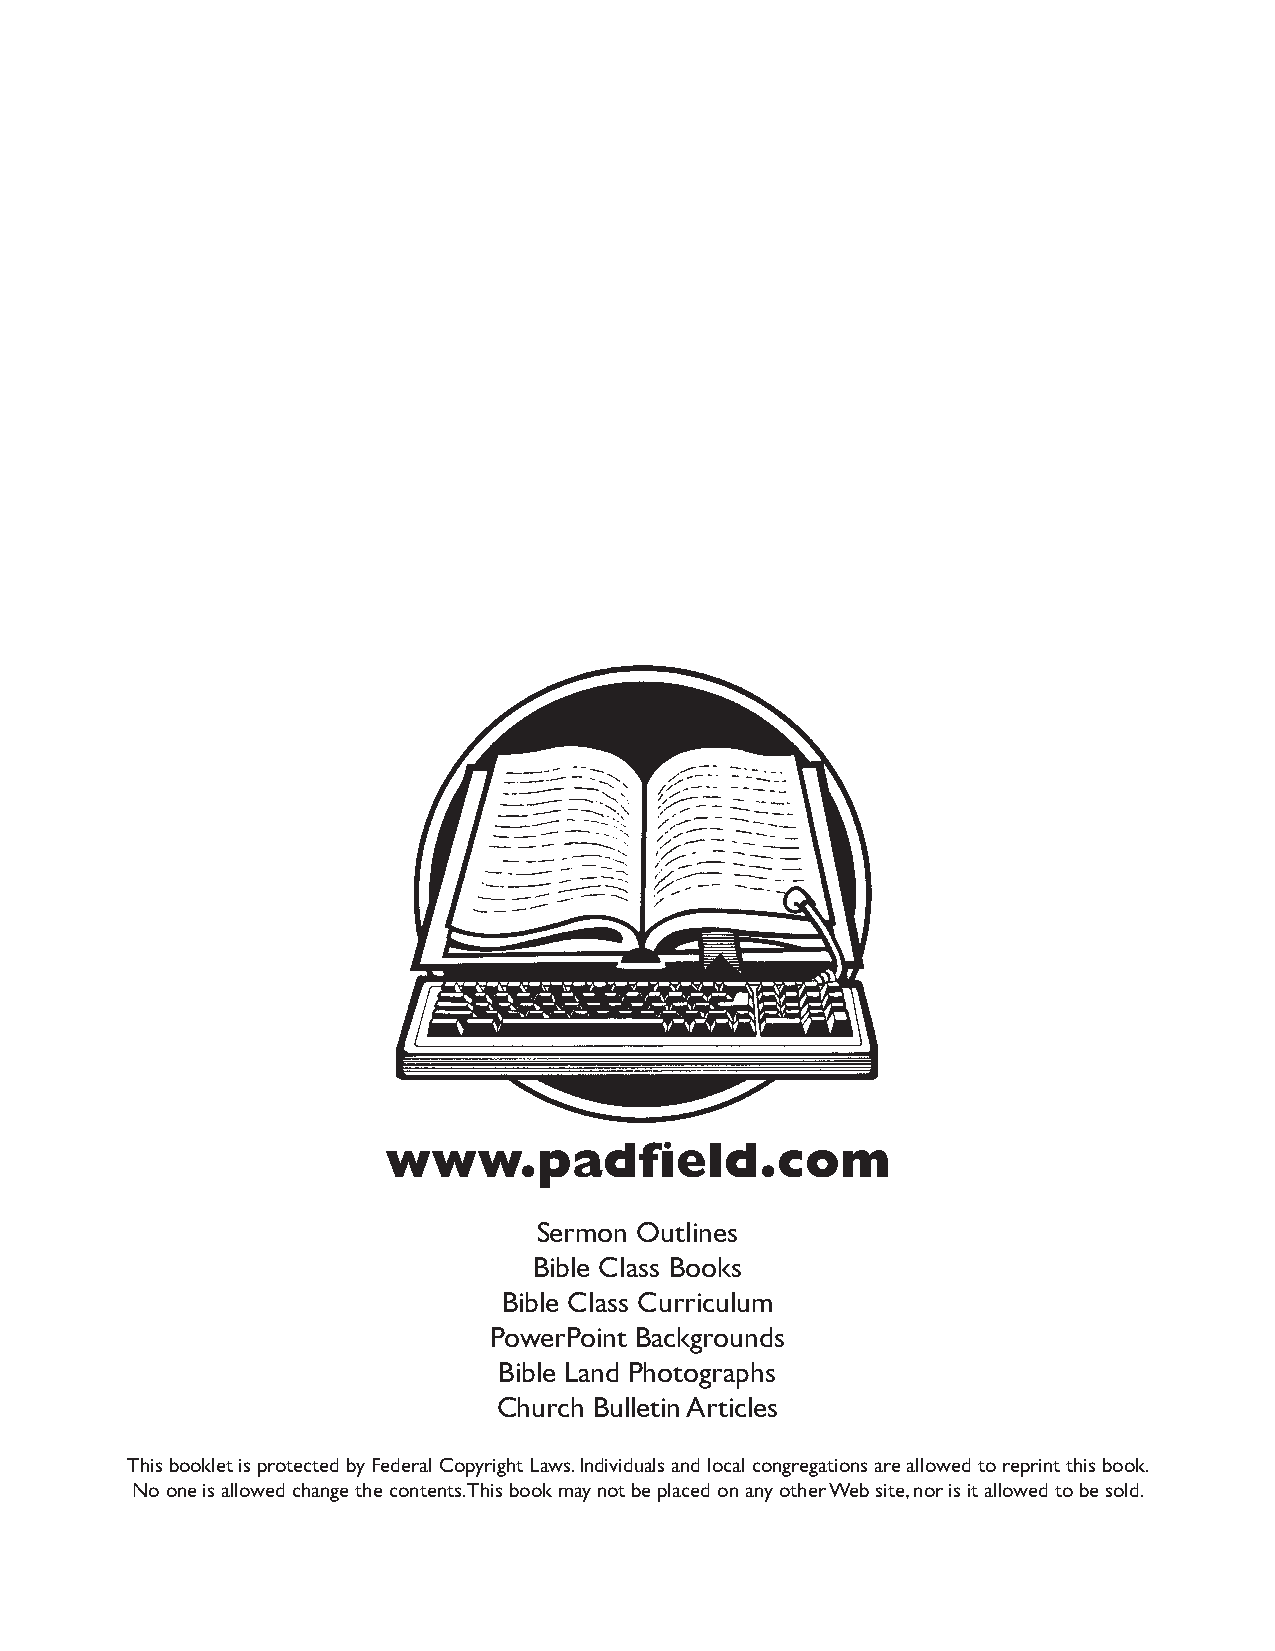
www.padfield.com
 Sermon Outlines
 Bible Class Books
 Bible Class Curriculum
 PowerPoint Backgrounds
 Bible Land Photographs
 Church Bulletin Articles
 This booklet is protected by Federal Copyright Laws. Individuals and local congregations are allowed to reprint this book.
 No one is allowed change the contents. This book may not be placed on any other Web site, nor is it allowed to be sold.